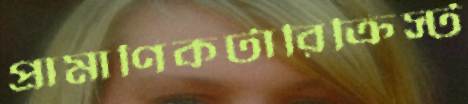
প্রামাণিকটারিক্রিস্ট